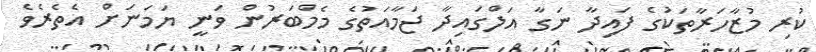
ކުރި މުޒާހަރާތަކުގެ ފައިދާ ނަގާ އަލްގައިދާ ޖަމާއަތުގެ މެމްބަރުން ވަނީ ޔަމަނަށް އެތެރެވެ